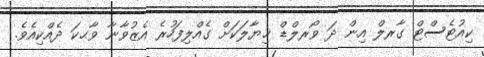
ކިއުޓެސްޓް ގާރލް އިން ދަ ވޯރލްޑް ޚިޔާލަކަށް ގެއްލިފަހުރެ އެޒުވާނާ ވާޙކަ ދެއްކިއެވެ.